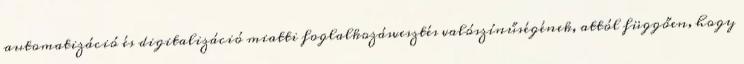
automatizáció és digitalizáció miatti foglalkozásvesztés valószínűségének, attól függően, hogy